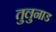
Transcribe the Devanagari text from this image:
तुलुनाड